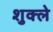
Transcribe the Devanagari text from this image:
शुक्ले